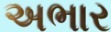
અભાર